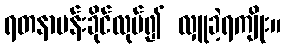
ရတနာပန်းခိုင်လုပ်၍ လှူခဲ့ရကျိုး။